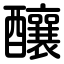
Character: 釀